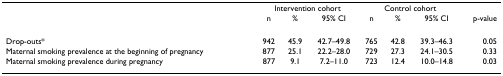
|  | <COLSPAN=3> Intervention cohort | <COLSPAN=3> Control cohort |  |
 |  | n | % | 95% CI | n | % | 95% CI | p-value |
 | --- | --- | --- | --- | --- | --- | --- | --- |
 | Drop-outs* | 942 | 45.9 | 42.7–49.8 | 765 | 42.8 | 39.3–46.3 | 0.05 |
 | Maternal smoking prevalence at the beginning of pregnancy | 877 | 25.1 | 22.2–28.0 | 729 | 27.3 | 24.1–30.5 | 0.33 |
 | Maternal smoking prevalence during pregnancy | 877 | 9.1 | 7.2–11.0 | 723 | 12.4 | 10.0–14.8 | 0.03 |